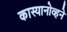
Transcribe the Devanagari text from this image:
कास्यानोव्हने